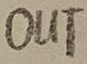
Text: OUT